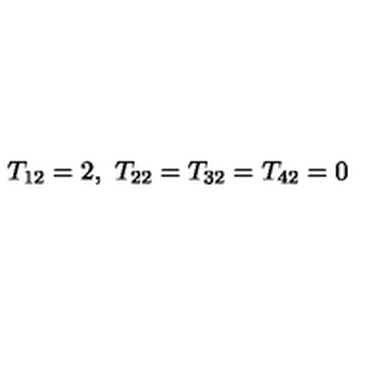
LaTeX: T _ { 1 2 } = 2 , \ T _ { 2 2 } = T _ { 3 2 } = T _ { 4 2 } = 0